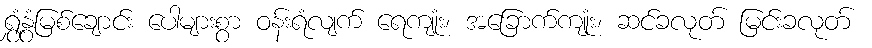
ရွှံ့နွံမြစ်ချောင်း ပေါများစွာ ဝန်းရံလျက် ရေကျုံး၊ အခြောက်ကျုံး၊ ဆင်ခလုတ် မြင်းခလုတ်